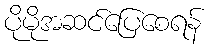
ပိုမိုအဆင်ပြေစေရန်